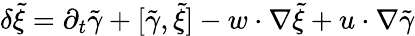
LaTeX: \delta\tilde{\xi}=\partial_{t}\tilde{\gamma}+[\tilde{\gamma},\tilde{\xi}]-w\cdot\nabla\tilde{\xi}+u\cdot\nabla\tilde{\gamma}